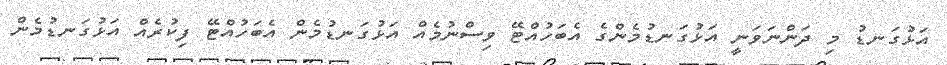
އަޅުގަނޑު މި ދަންނަވަނީ އަޅުގަނޑުމެންގެ އެބަހުއްޓޭ ވިސްނުމެއް އަޅުގަނޑުމެން އެބަހުއްޓޭ ފިކުރެއް އަޅުގަނޑުމެން